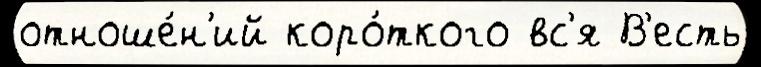
отноше́н'ий коро́ткого вс'я В'есть